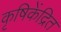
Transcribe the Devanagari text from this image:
कृषिकेंद्रित